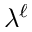
\lambda ^ { \ell }